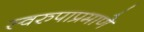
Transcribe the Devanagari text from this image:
स्वरुपाप्रमाणे